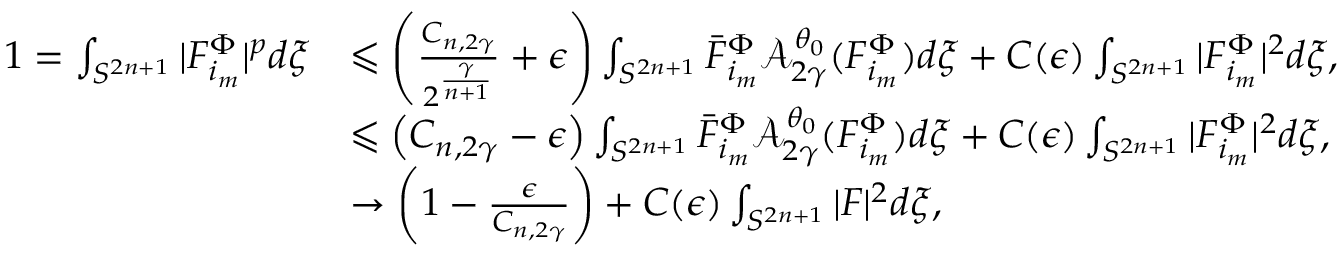
\begin{array} { r l } { 1 = \int _ { S ^ { 2 n + 1 } } | F _ { i _ { m } } ^ { \Phi } | ^ { p } d \xi } & { \leqslant \left( \frac { { C } _ { n , 2 \gamma } } { 2 ^ { \frac { \gamma } { n + 1 } } } + \epsilon \right) \int _ { S ^ { 2 n + 1 } } \bar { F } _ { i _ { m } } ^ { \Phi } \mathcal { A } _ { 2 \gamma } ^ { \theta _ { 0 } } ( F _ { i _ { m } } ^ { \Phi } ) d \xi + C ( \epsilon ) \int _ { S ^ { 2 n + 1 } } | F _ { i _ { m } } ^ { \Phi } | ^ { 2 } d \xi , } \\ & { \leqslant \left( { C } _ { n , 2 \gamma } - \epsilon \right) \int _ { S ^ { 2 n + 1 } } \bar { F } _ { i _ { m } } ^ { \Phi } \mathcal { A } _ { 2 \gamma } ^ { \theta _ { 0 } } ( F _ { i _ { m } } ^ { \Phi } ) d \xi + C ( \epsilon ) \int _ { S ^ { 2 n + 1 } } | F _ { i _ { m } } ^ { \Phi } | ^ { 2 } d \xi , } \\ & { \to \left( 1 - \frac { \epsilon } { { C } _ { n , 2 \gamma } } \right) + C ( \epsilon ) \int _ { S ^ { 2 n + 1 } } | F | ^ { 2 } d \xi , } \end{array}